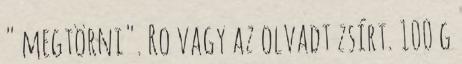
" megtörni". Ro vagy az olvadt zsírt. 100 g